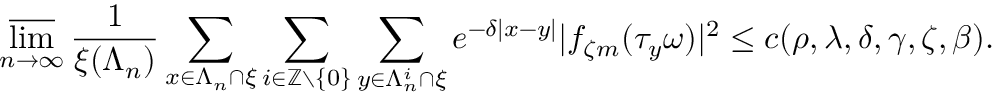
\varlimsup _ { n \rightarrow \infty } \frac { 1 } { \xi ( \Lambda _ { n } ) } \sum _ { x \in \Lambda _ { n } \cap \xi } \sum _ { i \in { \ensuremath { \mathbb Z } } \setminus \{ 0 \} } \sum _ { y \in \Lambda _ { n } ^ { i } \cap \xi } e ^ { - \delta | x - y | } | f _ { \zeta m } ( \tau _ { y } \omega ) | ^ { 2 } \leq c ( \rho , \lambda , \delta , \gamma , \zeta , \beta ) .